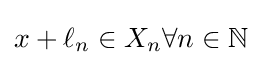
x+\ell _{n}\in X_{n}\forall n\in \mathbb {N}